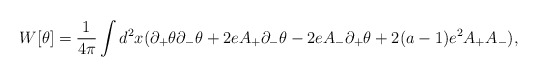
\begin{align*}W[\theta ]={1\over{4\pi }}\int d^2x(\partial_+\theta \partial_-\theta +2eA_+\partial _-\theta-2eA_-\partial_+\theta +2(a-1)e^2A_+A_-),\end{align*}